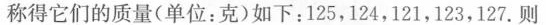
称得它们的质量(单位:克)如下:125,124,121,123,127.则